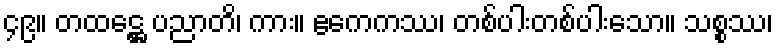
၄၉။ တထဋ္ဌေ ပညာတိ၊ ကား။ ဧကေကဿ၊ တစ်ပါးတစ်ပါးသော။ သစ္စဿ၊